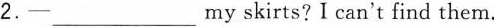
2.—___my skirts? I can't find them.